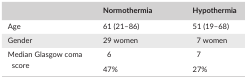
<table><thead><tr><td></td><td><b>Normothermia</b></td><td><b>Hypothermia</b></td></tr></thead><tbody><tr><td>Age</td><td>61 (21–86)</td><td>51 (19–68)</td></tr><tr><td>Gender</td><td>29 women</td><td>7 women</td></tr><tr><td rowspan="2">Median Glasgow coma score</td><td>6</td><td>7</td></tr><tr><td>47%</td><td>27%</td></tr></tbody></table>